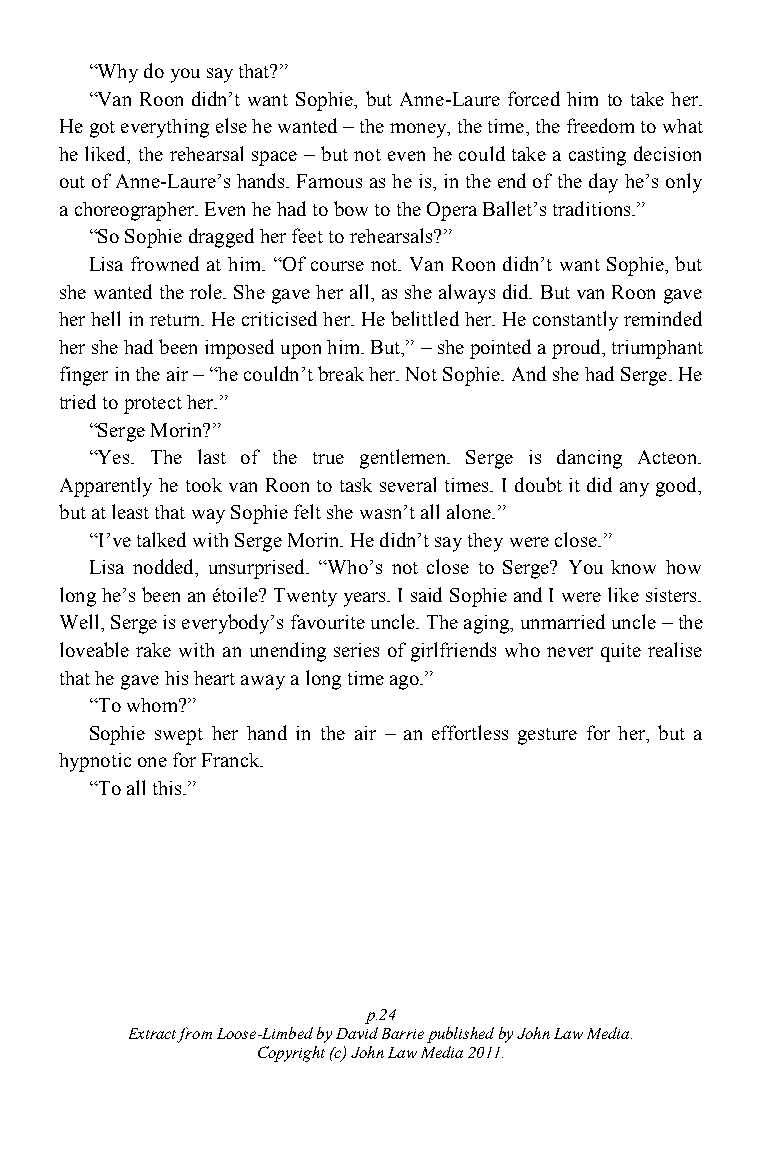
“Why do you say that?”
 “Van Roon didn‟t want Sophie, but Anne-Laure forced him to take her.
 He got everything else he wanted – the money, the time, the freedom to what
 he liked, the rehearsal space – but not even he could take a casting decision
 out of Anne-Laure‟s hands. Famous as he is, in the end of the day he‟s only
 a choreographer. Even he had to bow to the Opera Ballet‟s traditions.”
 “So Sophie dragged her feet to rehearsals?”
 Lisa frowned at him. “Of course not. Van Roon didn‟t want Sophie, but
 she wanted the role. She gave her all, as she always did. But van Roon gave
 her hell in return. He criticised her. He belittled her. He constantly reminded
 her she had been imposed upon him. But,” – she pointed a proud, triumphant
 finger in the air – “he couldn‟t break her. Not Sophie. And she had Serge. He
 tried to protect her.”
 “Serge Morin?”
 “Yes. The last of the true gentlemen. Serge is dancing Acteon.
 Apparently he took van Roon to task several times. I doubt it did any good,
 but at least that way Sophie felt she wasn‟t all alone.”
 “I‟ve talked with Serge Morin. He didn‟t say they were close.”
 Lisa nodded, unsurprised. “Who‟s not close to Serge? You know how
 long he‟s been an étoile? Twenty years. I said Sophie and I were like sisters.
 Well, Serge is everybody‟s favourite uncle. The aging, unmarried uncle – the
 loveable rake with an unending series of girlfriends who never quite realise
 that he gave his heart away a long time ago.”
 “To whom?”
 Sophie swept her hand in the air – an effortless gesture for her, but a
 hypnotic one for Franck.
 “To all this.”
 p.24
 Extract from Loose-Limbed by David Barrie published by John Law Media.
 Copyright (c) John Law Media 2011.